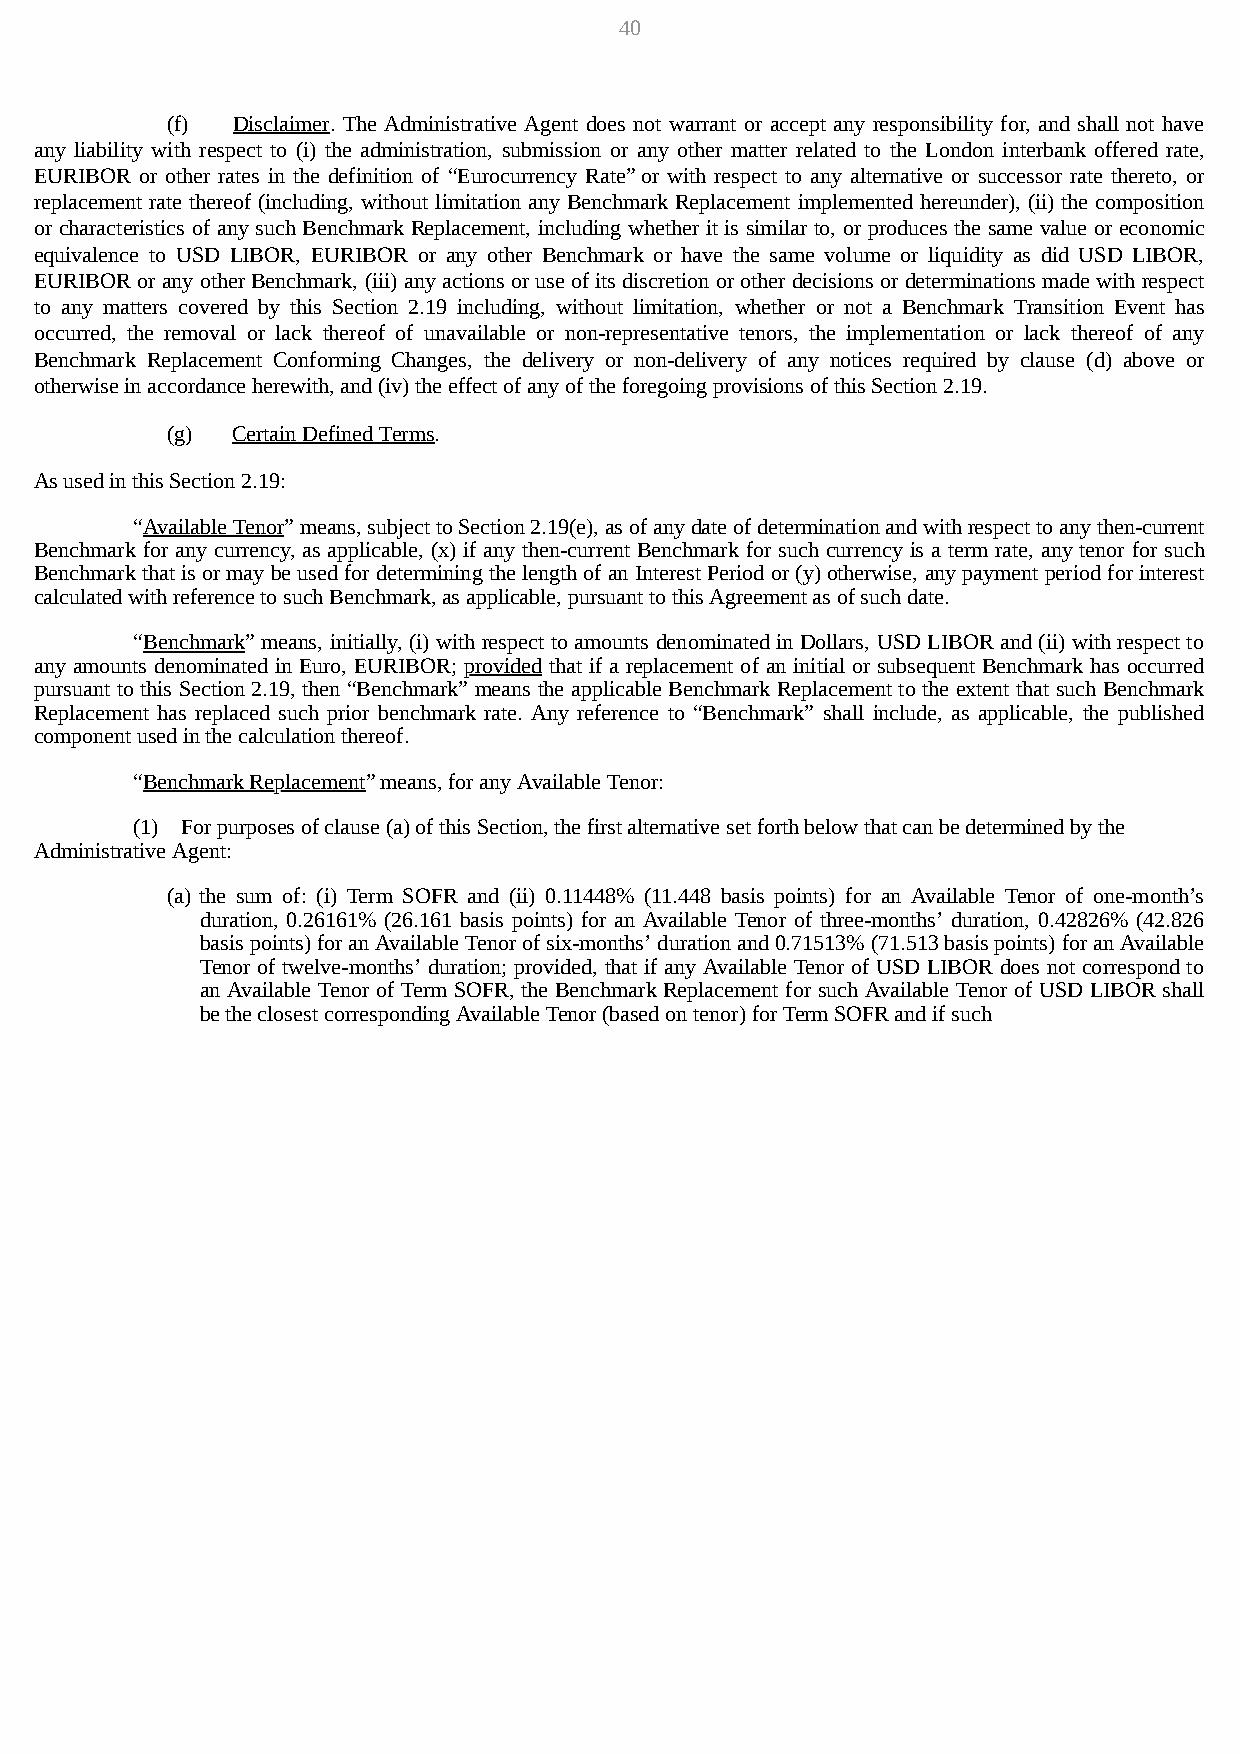
40
 (f) Disclaimer. The Administrative Agent does not warrant or accept any responsibility for, and shall not have
 any liability with respect to (i) the administration, submission or any other matter related to the London interbank offered rate,
 EURIBOR or other rates in the definition of “Eurocurrency Rate” or with respect to any alternative or successor rate thereto, or
 replacement rate thereof (including, without limitation any Benchmark Replacement implemented hereunder), (ii) the composition
 or characteristics of any such Benchmark Replacement, including whether it is similar to, or produces the same value or economic
 equivalence to USD LIBOR, EURIBOR or any other Benchmark or have the same volume or liquidity as did USD LIBOR,
 EURIBOR or any other Benchmark, (iii) any actions or use of its discretion or other decisions or determinations made with respect
 to any matters covered by this Section 2.19 including, without limitation, whether or not a Benchmark Transition Event has
 occurred, the removal or lack thereof of unavailable or non-representative tenors, the implementation or lack thereof of any
 Benchmark Replacement Conforming Changes, the delivery or non-delivery of any notices required by clause (d) above or
 otherwise in accordance herewith, and (iv) the effect of any of the foregoing provisions of this Section 2.19.
 (g) Certain Defined Terms.
 As used in this Section 2.19:
 “Available Tenor” means, subject to Section 2.19(e), as of any date of determination and with respect to any then-current
 Benchmark for any currency, as applicable, (x) if any then-current Benchmark for such currency is a term rate, any tenor for such
 Benchmark that is or may be used for determining the length of an Interest Period or (y) otherwise, any payment period for interest
 calculated with reference to such Benchmark, as applicable, pursuant to this Agreement as of such date.
 “Benchmark” means, initially, (i) with respect to amounts denominated in Dollars, USD LIBOR and (ii) with respect to
 any amounts denominated in Euro, EURIBOR; provided that if a replacement of an initial or subsequent Benchmark has occurred
 pursuant to this Section 2.19, then “Benchmark” means the applicable Benchmark Replacement to the extent that such Benchmark
 Replacement has replaced such prior benchmark rate. Any reference to “Benchmark” shall include, as applicable, the published
 component used in the calculation thereof.
 “Benchmark Replacement” means, for any Available Tenor:
 (1) For purposes of clause (a) of this Section, the first alternative set forth below that can be determined by the
 Administrative Agent:
 (a) the sum of: (i) Term SOFR and (ii) 0.11448% (11.448 basis points) for an Available Tenor of one-month’s
 duration, 0.26161% (26.161 basis points) for an Available Tenor of three-months’ duration, 0.42826% (42.826
 basis points) for an Available Tenor of six-months’ duration and 0.71513% (71.513 basis points) for an Available
 Tenor of twelve-months’ duration; provided, that if any Available Tenor of USD LIBOR does not correspond to
 an Available Tenor of Term SOFR, the Benchmark Replacement for such Available Tenor of USD LIBOR shall
 be the closest corresponding Available Tenor (based on tenor) for Term SOFR and if such